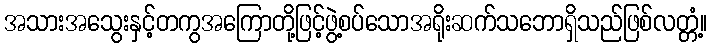
အသားအသွေးနှင့်တကွအကြောတို့ဖြင့်ဖွဲ့စပ်သောအရိုးဆက်သဘောရှိသည်ဖြစ်လတ္တံ့။